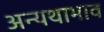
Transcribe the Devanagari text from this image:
अन्यथाभाव